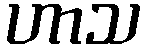
ဟာသ